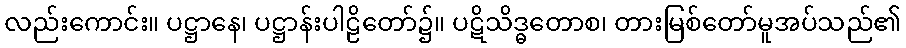
လည်းကောင်း။ ပဋ္ဌာနေ၊ ပဋ္ဌာန်းပါဠိတော်၌။ ပဋိသိဒ္ဓတောစ၊ တားမြစ်တော်မူအပ်သည်၏